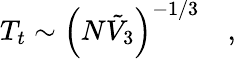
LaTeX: T_{t}\sim\left(N{\tilde{V}}_{3}\right)^{-1/3}\quad,